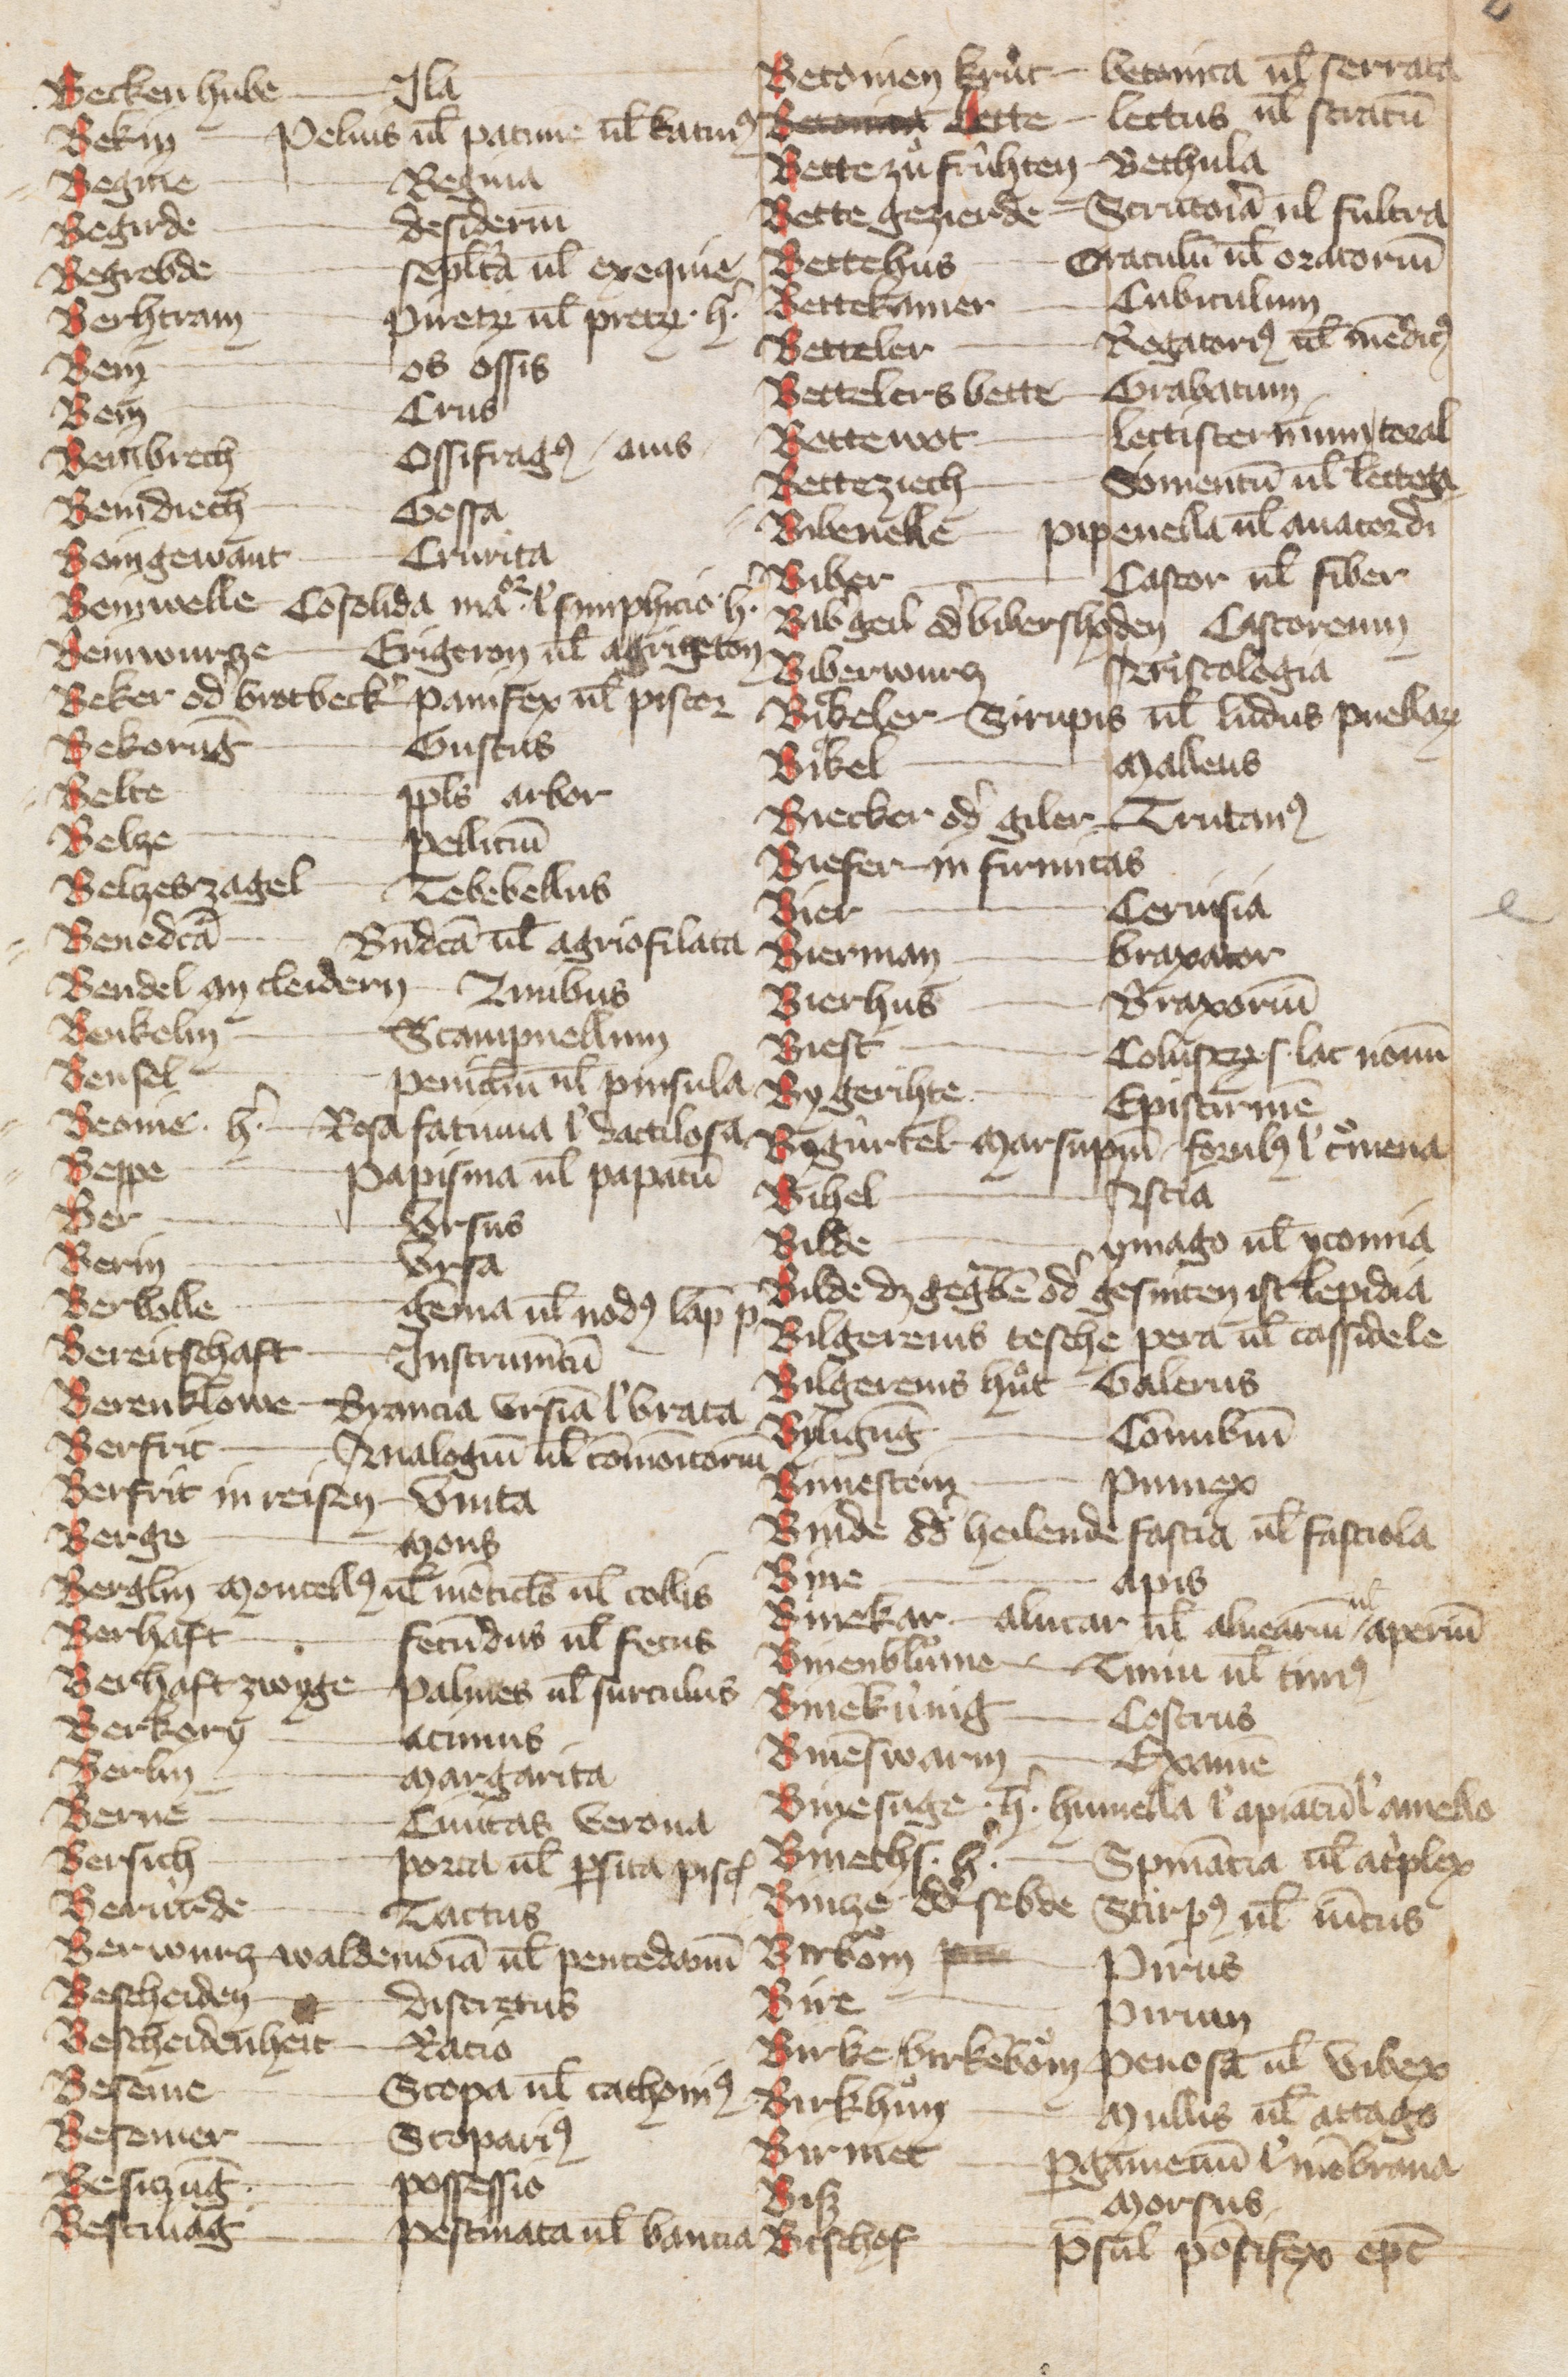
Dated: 1384–1384